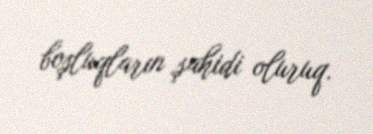
boşluqların şahidi oluruq.